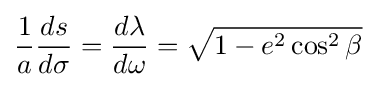
{\frac {1}{a}}{\frac {ds}{d\sigma }}={\frac {d\lambda }{d\omega }}={\sqrt {1-e^{2}\cos ^{2}\beta }}